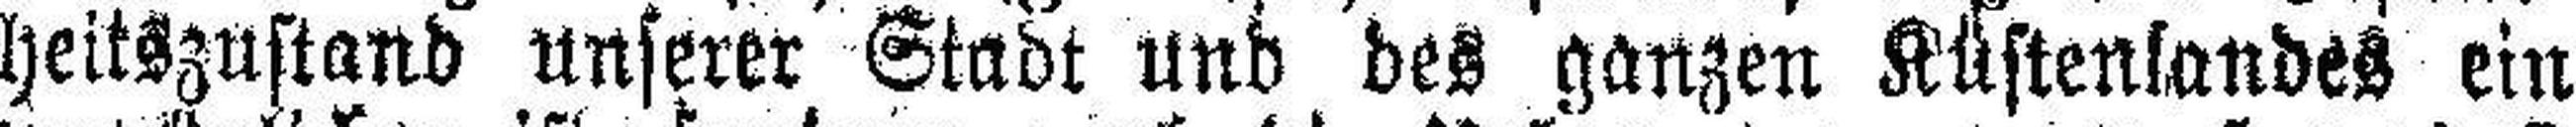
heitszustand unserer Stadt und des ganzen Küstenlandes ein